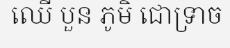
ឈើ បួន ភូមិ ជោទ្រាច